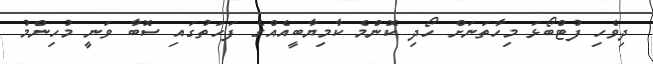
ދިވެހި ފުޓްބޯޅަ މިހާތަނަށް ހޯދި ކޮންމެ ކާމިޔާބީއެއްގެ ފަހަތުގައި ސޮބާ ވަނީ މުހިންމު